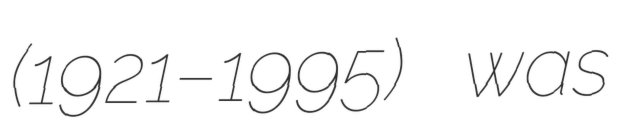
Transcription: (1921–1995) was